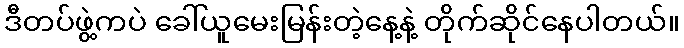
ဒီတပ်ဖွဲ့ကပဲ ခေါ်ယူမေးမြန်းတဲ့နေ့နဲ့ တိုက်ဆိုင်နေပါတယ်။